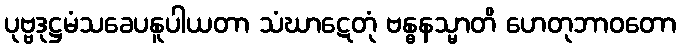
ပုဗ္ဗဒုဋ္ဌမံသခေပနူပါယတာ သံဃာဋေတုံ ဗန္ဓနသ္မာတိ ဟေတုဘာဝတော